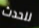
للحدث